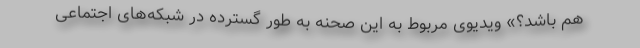
هم باشد؟» ویدیوی مربوط به این صحنه به طور گسترده در شبکه‌های اجتماعی